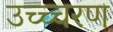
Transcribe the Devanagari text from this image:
उच्च्चरण